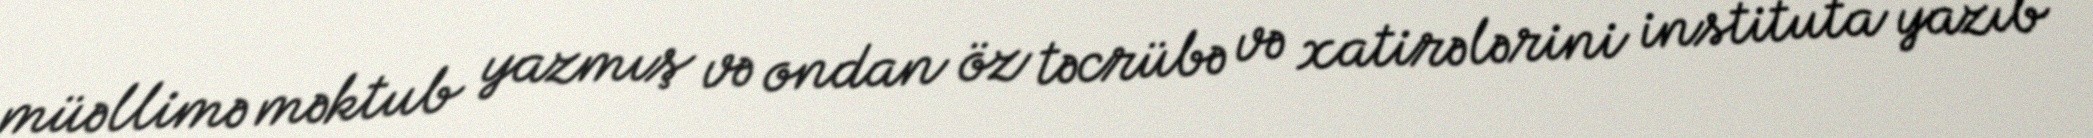
müəllimə məktub yazmış və ondan öz təcrübə və xatirələrini instituta yazıb